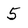
Character: 5